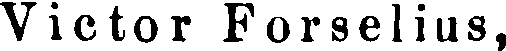
Victor Forselius,